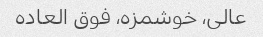
عالی، خوشمزه، فوق العاده